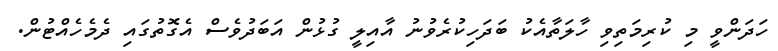
ހަދަންވީ މި ކުރިމަތިވި ހާލަތާއެކު ބަދަހިކުރެވުނު އާއިލީ ގުޅުން އަބަދުވެސް އެގޮތުގައި ދެމެހެއްޓުން.